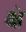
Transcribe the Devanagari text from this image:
क्षं